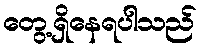
တွေ့ရှိနေရပါသည်